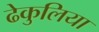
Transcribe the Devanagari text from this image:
ढेकुलिया